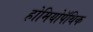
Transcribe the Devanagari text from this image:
होमियोपॅथिक